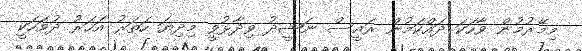
މިމޭރުމުން ވާހަކަ ދައްކަމުން ރައީސް ނަޝީދު ވިދާޅުވީ މިދިޔަ ހަތަރު އަހަރު ދުވަހަކީ